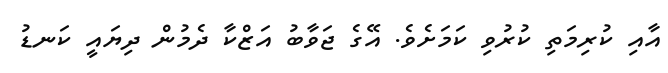
އާއި ކުރިމަތި ކުރުވި ކަމަށެވެ. އޭގެ ޖަވާބު އަޒްކާ ދެމުން ދިޔައީ ކަނޑު